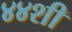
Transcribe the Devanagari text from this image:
४४शी